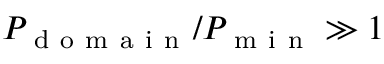
P _ { \mathrm { ~ d ~ o ~ m ~ a ~ i ~ n ~ } } / P _ { \mathrm { ~ m ~ i ~ n ~ } } \gg 1